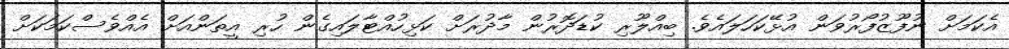
އެކަމަށް ނުފޫޒުފޯރުވަން އުޅޭކަހަލައެވެ. ބިއްލޫރި ކުޑަދޮރުން މާދުރަށް ކަޅިހުއްޓާލައިގެން ހުރި އީތަންއަށް އެއްވެސްކަމަކަށް